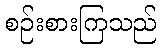
စဉ်းစားကြသည်